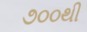
૭૦૦થી